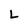
Character: L